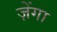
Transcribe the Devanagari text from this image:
ज़ेंगा